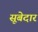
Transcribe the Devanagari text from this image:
सूबेदार